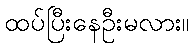
ထပ်ပြီးနေဦးမလား။